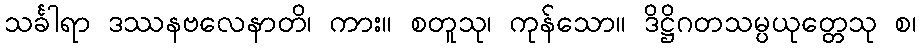
သင်္ခါရာ ဒဿနဗလေနာတိ၊ ကား။ စတူသု၊ ကုန်သော။ ဒိဋ္ဌိဂတသမ္ပယုတ္တေသု စ၊